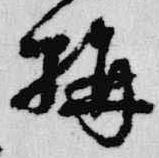
構